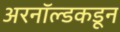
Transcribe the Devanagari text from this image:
अरनॉल्डकडून